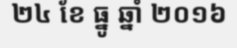
២៤ ខែ ធ្នូ ឆ្នាំ ២០១៦